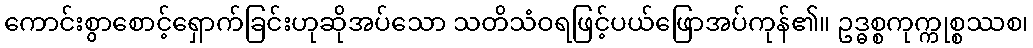
ကောင်းစွာစောင့်ရှောက်ခြင်းဟုဆိုအပ်သော သတိသံဝရဖြင့်ပယ်ဖြောအပ်ကုန်၏။ ဥဒ္ဓစ္စကုက္ကုစ္စဿစ၊